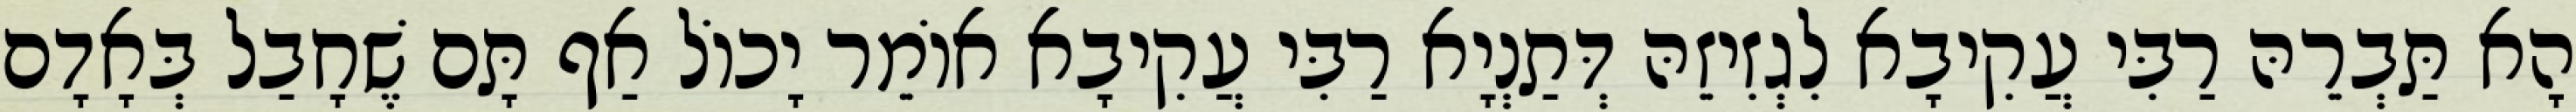
הָא תַּבְרֵהּ רַבִּי עֲקִיבָא לִגְזִיזֵהּ דְּתַנְיָא רַבִּי עֲקִיבָא אוֹמֵר יָכוֹל אַף תָּם שֶׁחָבַל בְּאָדָם